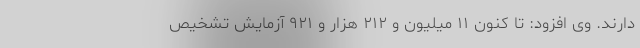
دارند. وی افزود: تا کنون ۱۱ میلیون و ۲۱۲ هزار و ۹۲۱ آزمایش تشخیص